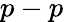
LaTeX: p-p